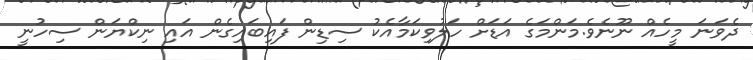
ދެވަނަ މީހެއް ނޫނެވެ.މަންމަގެ އަޑަށް ހަލުވިކަމާއެކު ސިޑިން ފައިބައިގެން އައި ނިކްޔަން ސިހުނީ